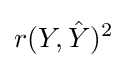
r(Y,{\hat {Y}})^{2}